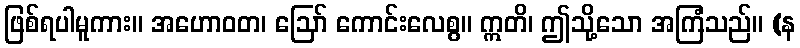
ဖြစ်ရပါမူကား။ အဟောဝတ၊ ဩော် ကောင်းလေစွ။ ဣတိ၊ ဤသို့သော အကြံသည်။ (န